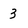
Character: 3